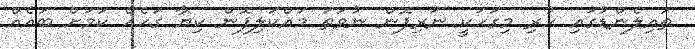
ތައިލެންޑުގައި ހުރި މިގަހަކީ ނަރިފޮން ނުވަތަ މައްކަލިފޮން ކިޔާ ގަހެއް ކަމަށް ބައެއް